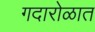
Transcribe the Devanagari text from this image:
गदारोळात